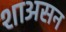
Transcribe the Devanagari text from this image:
शाअसन